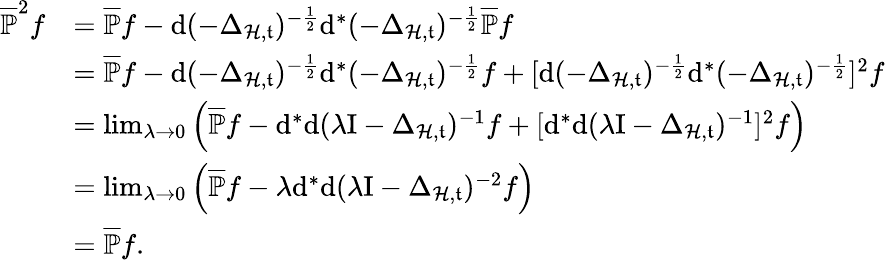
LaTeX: \begin{array}{rl}{\overline{{\mathbb{P}}}^{2}f}&{=\overline{{\mathbb{P}}}f-\mathrm{d}(-\Delta_{\mathcal{H},\mathfrak{t}})^{-\frac{1}{2}}\mathrm{d}^{\ast}(-\Delta_{\mathcal{H},\mathfrak{t}})^{-\frac{1}{2}}\overline{{\mathbb{P}}}f}\\ &{=\overline{{\mathbb{P}}}f-\mathrm{d}(-\Delta_{\mathcal{H},\mathfrak{t}})^{-\frac{1}{2}}\mathrm{d}^{\ast}(-\Delta_{\mathcal{H},\mathfrak{t}})^{-\frac{1}{2}}f+[\mathrm{d}(-\Delta_{\mathcal{H},\mathfrak{t}})^{-\frac{1}{2}}\mathrm{d}^{\ast}(-\Delta_{\mathcal{H},\mathfrak{t}})^{-\frac{1}{2}}]^{2}f}\\ &{=\operatorname*{lim}_{\lambda\rightarrow 0}\left(\overline{{\mathbb{P}}}f-\mathrm{d}^{\ast}\mathrm{d}(\lambda\mathrm{I}-\Delta_{\mathcal{H},\mathfrak{t}})^{-1}f+[\mathrm{d}^{\ast}\mathrm{d}(\lambda\mathrm{I}-\Delta_{\mathcal{H},\mathfrak{t}})^{-1}]^{2}f\right)}\\ &{=\operatorname*{lim}_{\lambda\rightarrow 0}\left(\overline{{\mathbb{P}}}f-\lambda\mathrm{d}^{\ast}\mathrm{d}(\lambda\mathrm{I}-\Delta_{\mathcal{H},\mathfrak{t}})^{-2}f\right)}\\ &{=\overline{{\mathbb{P}}}f\mathrm{.~}}\end{array}